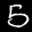
Label: 5